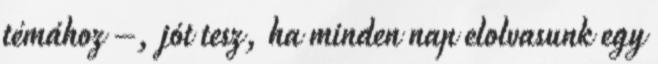
témához –, jót tesz, ha minden nap elolvasunk egy